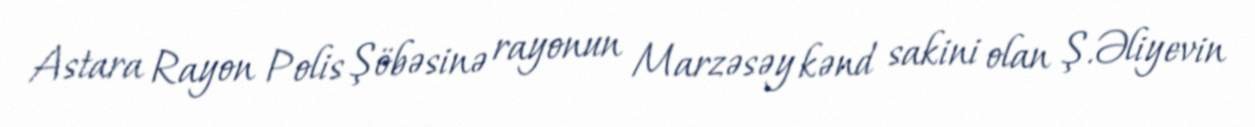
Astara Rayon Polis Şöbəsinə rayonun Marzəsəy kənd sakini olan Ş.Əliyevin